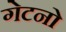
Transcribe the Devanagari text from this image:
गेटनो